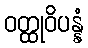
ဝတ္ထုဝိပန္နံ